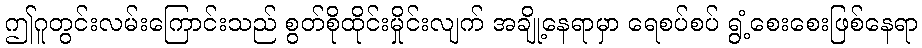
ဤဂူတွင်းလမ်းကြောင်းသည် စွတ်စိုထိုင်းမှိုင်းလျက် အချို့နေရာမှာ ရေစပ်စပ် ရွံ့စေးစေးဖြစ်နေရာ